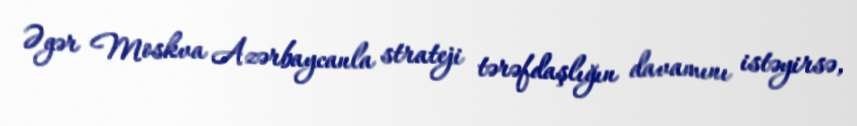
Əgər Moskva Azərbaycanla strateji tərəfdaşlığın davamını istəyirsə,